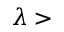
\lambda >